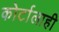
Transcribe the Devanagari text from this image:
कोर्टालाही